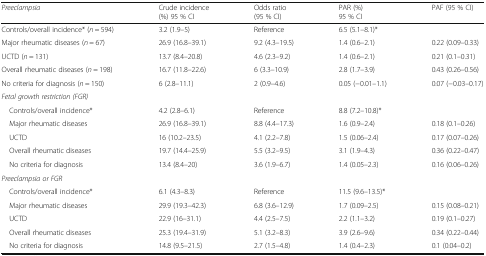
<table><thead><tr><td><b><i>Preeclampsia</i></b></td><td><b>Crude incidence (%) 95 % CI</b></td><td><b>Odds ratio (95 % CI)</b></td><td><b>PAR (%) 95 % CI</b></td><td><b>PAF (95 % CI)</b></td></tr></thead><tbody><tr><td>Controls/overall incidence* (<i>n</i> = 594)</td><td>3.2 (1.9–5)</td><td>Reference</td><td>6.5 (5.1–8.1)*</td><td></td></tr><tr><td>Major rheumatic diseases (<i>n</i> = 67)</td><td>26.9 (16.8–39.1)</td><td>9.2 (4.3–19.5)</td><td>1.4 (0.6–2.1)</td><td>0.22 (0.09–0.33)</td></tr><tr><td>UCTD (<i>n</i> = 131)</td><td>13.7 (8.4–20.8)</td><td>4.6 (2.3–9.2)</td><td>1.4 (0.6–2.1)</td><td>0.21 (0.1–0.31)</td></tr><tr><td>Overall rheumatic diseases (<i>n</i> = 198)</td><td>16.7 (11.8–22.6)</td><td>6 (3.3–10.9)</td><td>2.8 (1.7–3.9)</td><td>0.43 (0.26–0.56)</td></tr><tr><td>No criteria for diagnosis (<i>n</i> = 150)</td><td>6 (2.8–11.1)</td><td>2 (0.9–4.6)</td><td>0.05 (−0.01–1.1)</td><td>0.07 (−0.03–0.17)</td></tr><tr><td colspan="5"><i>Fetal growth restriction (FGR)</i></td></tr><tr><td> Controls/overall incidence*</td><td>4.2 (2.8–6.1)</td><td>Reference</td><td>8.8 (7.2–10.8)*</td><td></td></tr><tr><td> Major rheumatic diseases</td><td>26.9 (16.8–39.1)</td><td>8.8 (4.4–17.3)</td><td>1.6 (0.9–2.4)</td><td>0.18 (0.1–0.26)</td></tr><tr><td> UCTD</td><td>16 (10.2–23.5)</td><td>4.1 (2.2–7.8)</td><td>1.5 (0.06–2.4)</td><td>0.17 (0.07–0.26)</td></tr><tr><td> Overall rheumatic diseases</td><td>19.7 (14.4–25.9)</td><td>5.5 (3.2–9.5)</td><td>3.1 (1.9–4.3)</td><td>0.36 (0.22–0.47)</td></tr><tr><td> No criteria for diagnosis</td><td>13.4 (8.4–20)</td><td>3.6 (1.9–6.7)</td><td>1.4 (0.05–2.3)</td><td>0.16 (0.06–0.26)</td></tr><tr><td colspan="5"><i>Preeclampsia or FGR</i></td></tr><tr><td> Controls/overall incidence*</td><td>6.1 (4.3–8.3)</td><td>Reference</td><td>11.5 (9.6–13.5)*</td><td></td></tr><tr><td> Major rheumatic diseases</td><td>29.9 (19.3–42.3)</td><td>6.8 (3.6–12.9)</td><td>1.7 (0.09–2.5)</td><td>0.15 (0.08–0.21)</td></tr><tr><td> UCTD</td><td>22.9 (16–31.1)</td><td>4.4 (2.5–7.5)</td><td>2.2 (1.1–3.2)</td><td>0.19 (0.1–0.27)</td></tr><tr><td> Overall rheumatic diseases</td><td>25.3 (19.4–31.9)</td><td>5.1 (3.2–8.3)</td><td>3.9 (2.6–9.6)</td><td>0.34 (0.22–0.44)</td></tr><tr><td> No criteria for diagnosis</td><td>14.8 (9.5–21.5)</td><td>2.7 (1.5–4.8)</td><td>1.4 (0.4–2.3)</td><td>0.1 (0.04–0.2)</td></tr></tbody></table>